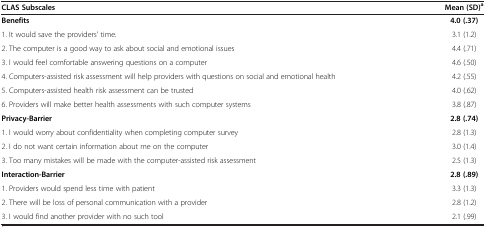
<table><thead><tr><td><b>CLAS Subscales</b></td><td><b>Mean (SD)<sup>a</sup></b></td></tr></thead><tbody><tr><td><b>Benefits</b></td><td><b>4.0 (.37)</b></td></tr><tr><td>1. It would save the providers&#x27; time.</td><td>3.1 (1.2)</td></tr><tr><td>2. The computer is a good way to ask about social and emotional issues</td><td>4.4 (.71)</td></tr><tr><td>3. I would feel comfortable answering questions on a computer</td><td>4.6 (.50)</td></tr><tr><td>4. Computers-assisted risk assessment will help providers with questions on social and emotional health</td><td>4.2 (.55)</td></tr><tr><td>5. Computers-assisted health risk assessment can be trusted</td><td>4.0 (.62)</td></tr><tr><td>6. Providers will make better health assessments with such computer systems</td><td>3.8 (.87)</td></tr><tr><td><b>Privacy-Barrier</b></td><td><b>2.8 (.74)</b></td></tr><tr><td>1. I would worry about confidentiality when completing computer survey</td><td>2.8 (1.3)</td></tr><tr><td>2. I do not want certain information about me on the computer</td><td>3.0 (1.4)</td></tr><tr><td>3. Too many mistakes will be made with the computer-assisted risk assessment</td><td>2.5 (1.3)</td></tr><tr><td><b>Interaction-Barrier</b></td><td><b>2.8 (.89)</b></td></tr><tr><td>1. Providers would spend less time with patient</td><td>3.3 (1.3)</td></tr><tr><td>2. There will be loss of personal communication with a provider</td><td>2.8 (1.2)</td></tr><tr><td>3. I would find another provider with no such tool</td><td>2.1 (.99)</td></tr></tbody></table>